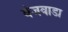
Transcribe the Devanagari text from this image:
वेजवाडा